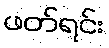
ဖတ်ရင်း